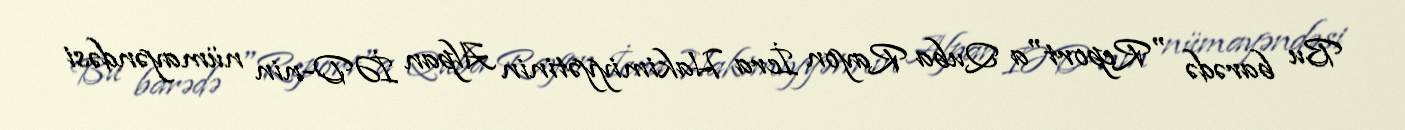
Bu barədə "Report"a Quba Rayon İcra Hakimiyyətinin Alpan İƏD-nin nümayəndəsi